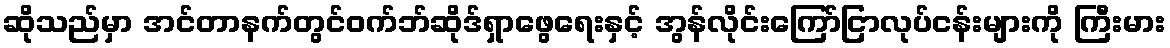
ဆိုသည်မှာ အင်တာနက်တွင်ဝက်ဘ်ဆိုဒ်ရှာဖွေရေးနှင့် အွန်လိုင်းကြော်ငြာလုပ်ငန်းများကို ကြီးမား